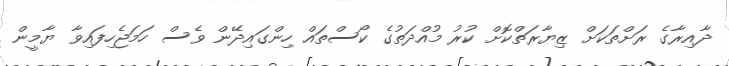
ދާއިރާގެ ރަށްތަކަށް ޒިޔާރަތްކޮށް ކުރު މުއްދަތުގެ ކޯސްތައް ހިންގައިދޭން ވެސް ހަމަޖެހިފައިވާ ޔާމީން